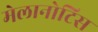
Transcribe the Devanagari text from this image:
मेलानोटिस